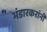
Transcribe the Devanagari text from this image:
भंडारकरांनी